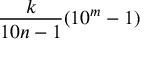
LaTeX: { \frac { k } { 1 0 n - 1 } } ( 1 0 ^ { m } - 1 )